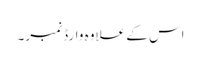
اس کے علاوہ وارڈ نمبر۔